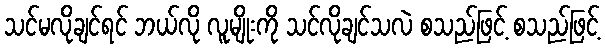
သင်မလိုချင်ရင် ဘယ်လို လူမျိုးကို သင်လိုချင်သလဲ စသည်ဖြင့် စသည်ဖြင့်